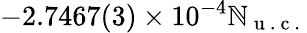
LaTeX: -2.7467(3)\times10^{-4}\mathbb{N}_{\mathrm{{~u~.~c~.~}}}